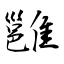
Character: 雝